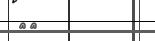
٨٣